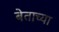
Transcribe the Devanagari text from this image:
बेताच्या